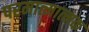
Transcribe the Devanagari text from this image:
परमात्मात्मक